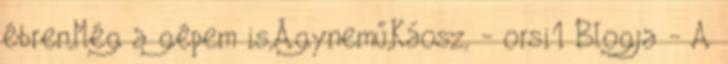
ébren,Még a gépem is,Ágynemű,Káosz, - orsi1 Blogja - A